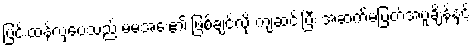
ပြင်းထန်လှပေသည် မမအေး၏ ဖြစ်ချင်လို့ ကျဆင်းပြီး အဆက်မပြတ်အပူချိန်နှင့်